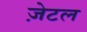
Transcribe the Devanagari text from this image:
ज़ेटल